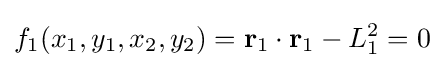
f_{1}(x_{1},y_{1},x_{2},y_{2})=\mathbf {r} _{1}\cdot \mathbf {r} _{1}-L_{1}^{2}=0